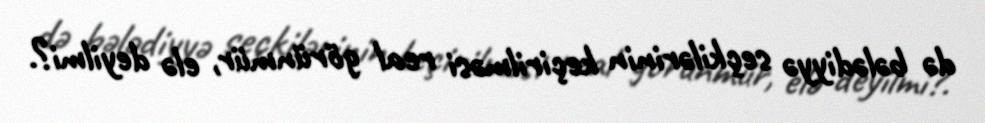
də bələdiyyə seçkilərinin keçirilməsi real görünmür, elə deyilmi?.